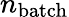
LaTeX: n_{\mathrm{batch}}